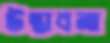
উদ্‌ভাবনা